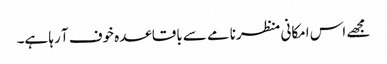
مجھے اس امکانی منظرنامے سے باقاعدہ خوف آ رہا ہے۔